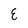
Character: E